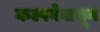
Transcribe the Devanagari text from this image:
कल्पनेवाचून